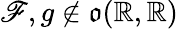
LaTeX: \mathscr{F},g\notin{\mathfrak{{o}}}(\mathbb{{R}},\mathbb{{R}})